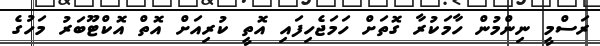
ރަސްމީ ނިންމުން ހާމަކުރާ ގޮތަށް ހަމަޖެހިފައި އޮތީ ކުރިއަށް އޮތް އޮކްޓޫބަރު މަހުގެ